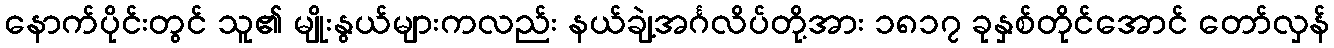
နောက်ပိုင်းတွင် သူ၏ မျိုးနွယ်များကလည်း နယ်ချဲ့အင်္ဂလိပ်တို့အား ၁၈၁၇ ခုနှစ်တိုင်အောင် တော်လှန်